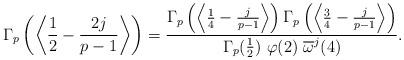
LaTeX: \begin{align*}\Gamma_p\left(\left\langle\frac{1}{2}-\frac{2j}{p-1}\right\rangle\right)=\frac{\Gamma_p\left(\left\langle\frac{1}{4}-\frac{j}{p-1}\right\rangle\right)\Gamma_p\left(\left\langle\frac{3}{4}-\frac{j}{p-1}\right\rangle\right)}{\Gamma_p(\frac{1}{2})~\varphi(2)~\overline{\omega}^j(4)}.\end{align*}